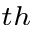
^ { t h }